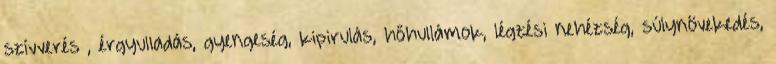
szívverés , érgyulladás, gyengeség, kipirulás, hőhullámok, légzési nehézség, súlynövekedés,